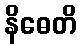
နိဓေတိ